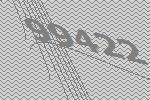
99422